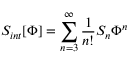
S _ { i n t } [ \Phi ] = \sum _ { n = 3 } ^ { \infty } { \frac { 1 } { n ! } } S _ { n } \Phi ^ { n }